Lunatic asylums Madras 1877-1891 - 1877-1891
Year: 1877
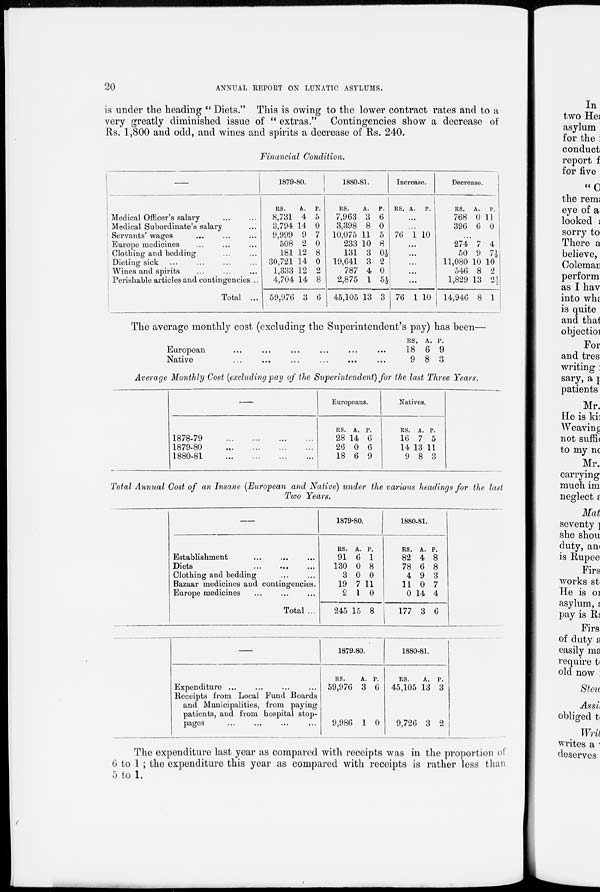
20
ANNUAL REPORT ON LUNATIC ASYLUMS.
is under the heading " Diets." This is owing to the lower contract rates and to a
very greatly diminished issue of " extras." Contingencies show a decrease of
Rs. 1,800 and odd, and wines and spirits a decrease of Rs. 240.
Financial Condition.
—
Medical Officer's salary
...
...
Medical Subordinate's salary ...
Servants' wages ... ... ...
Europe medicines ... ... ...
Clothing and bedding ... ... ...
Dieting sick ... ... ... ...
Wines and spirits ... ... ... ...
Perishable articles and contingencies...
Total ...
1879-80.
RS.
8,731
3,794
9,999
508
181
30,721
1,333
4,704
59,976
A.
4
14
9
2
12
14
12
14
3
P.
5
0
7
0
8
0
2
8
6
1880-81.
RS.
7,963
3,398
10,075
233
131
19,641
787
2,875
45,105
A.
3
8
11
10
3
3
4
1
13
P.
6
0
5
8
0½
2
0
5½
3
Increase.
RS. A.
P.
...
...
76 1 10
...
...
...
...
...
76 1 10
Decrease.
RS.
768
396
A.
0
6
P.
11
0
...
274
50
11,080
546
1,829
14,946
7
9
10
8
13
8
4
7½
10
2
2½
1
The average monthly cost (excluding the Superintendent's pay) has been—
European
...
...
...
...
...
...
Native
...
...
...
...
...
...
...
RS.
18
9
A.
6
8
P.
9
3
Average Monthly Cost (excluding pay of the Superintendent) for the last Three Years.
1878-79
...
...
...
...
1879-80 ... ... ... ...
1880-81
...
...
...
...
Europeans.
RS.
28
26
18
A.
14
0
6
P.
6
6
9
Natives.
RS.
16
14
9
A.
7
13
8
P.
5
11
3
Total Annual Cost of an Insane (European and Native) under the various headings for the last
Two Years.
—
Establishment ... ... ...
Diets ... ... ...
Clothing and bedding ... ...
Bazaar medicines and contingencies.
Europe medicines ... ... ...
Total ...
1879-80.
RS.
91
130
3
19
2
245
A.
6
0
0
7
1
15
P.
1
8
0
11
0
8
1880-81.
RS.
82
78
4
11
0
177
A.
4
6
9
0
14
3
P.
8
8
3
7
4
6
—
Expenditure ... ... ... ...
Receipts from Local Fund Boards
and Municipalities, from paying
patients, and from hospital stop-
pages ... ... ... ...
1879-80.
RS.
59,976
A.
3
P.
6
9,986 1 0
1880-81.
RS.
45,105
A.
13
P.
3
9,726 3 2
The expenditure last year as compared with receipts was in the proportion of
6 to 1 ; the expenditure this year as compared with receipts is rather less than
5 to 1.